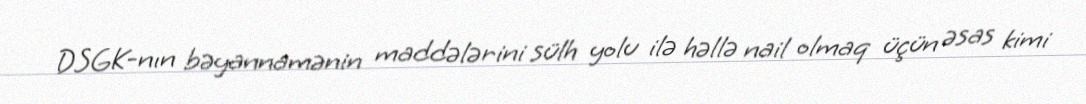
DSGK-nın bəyannamənin maddələrini sülh yolu ilə həllə nail olmaq üçün əsas kimi